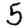
Digit: 5